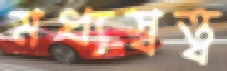
মধ্যস্বত্ত্ব